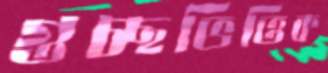
গুচ্ছভিত্তিক